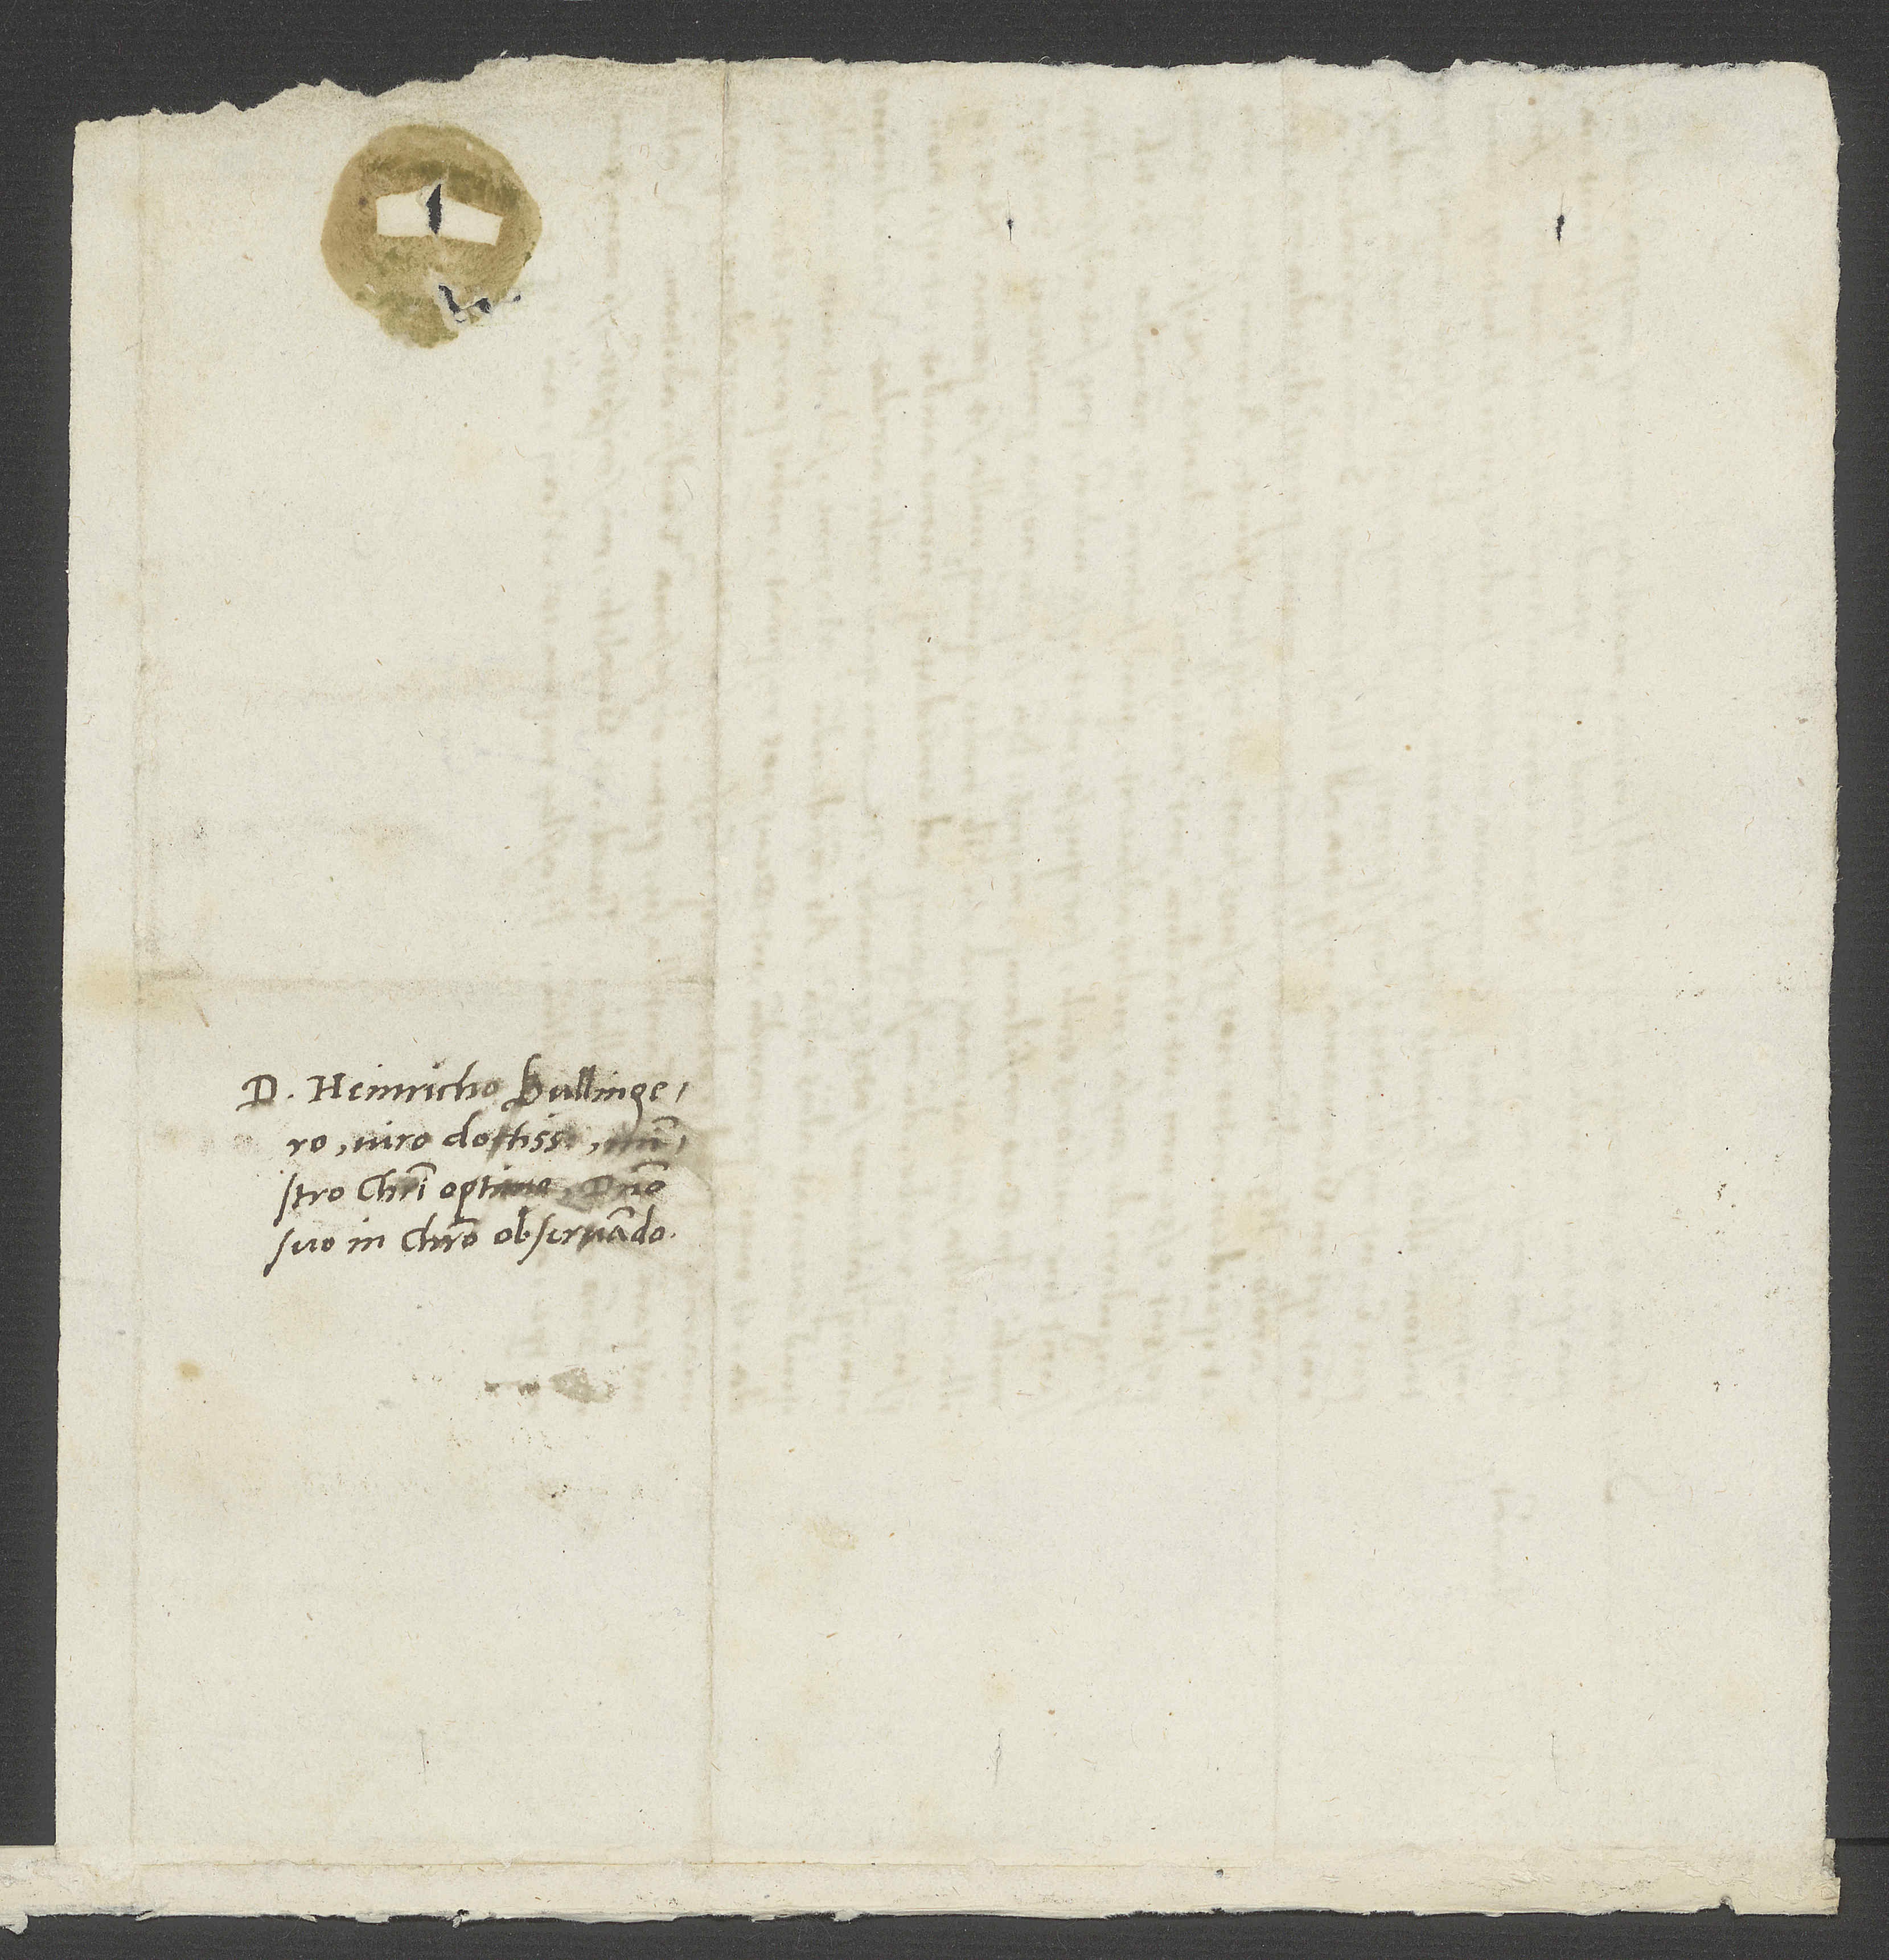
D. Heinricho Bullingero,
viro doctissimo, ministro
Christi optimo, domino
suo in Christo observando.